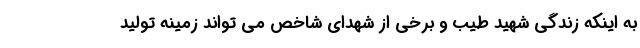
به اینکه زندگی شهید طیب و برخی از شهدای شاخص می تواند زمینه تولید